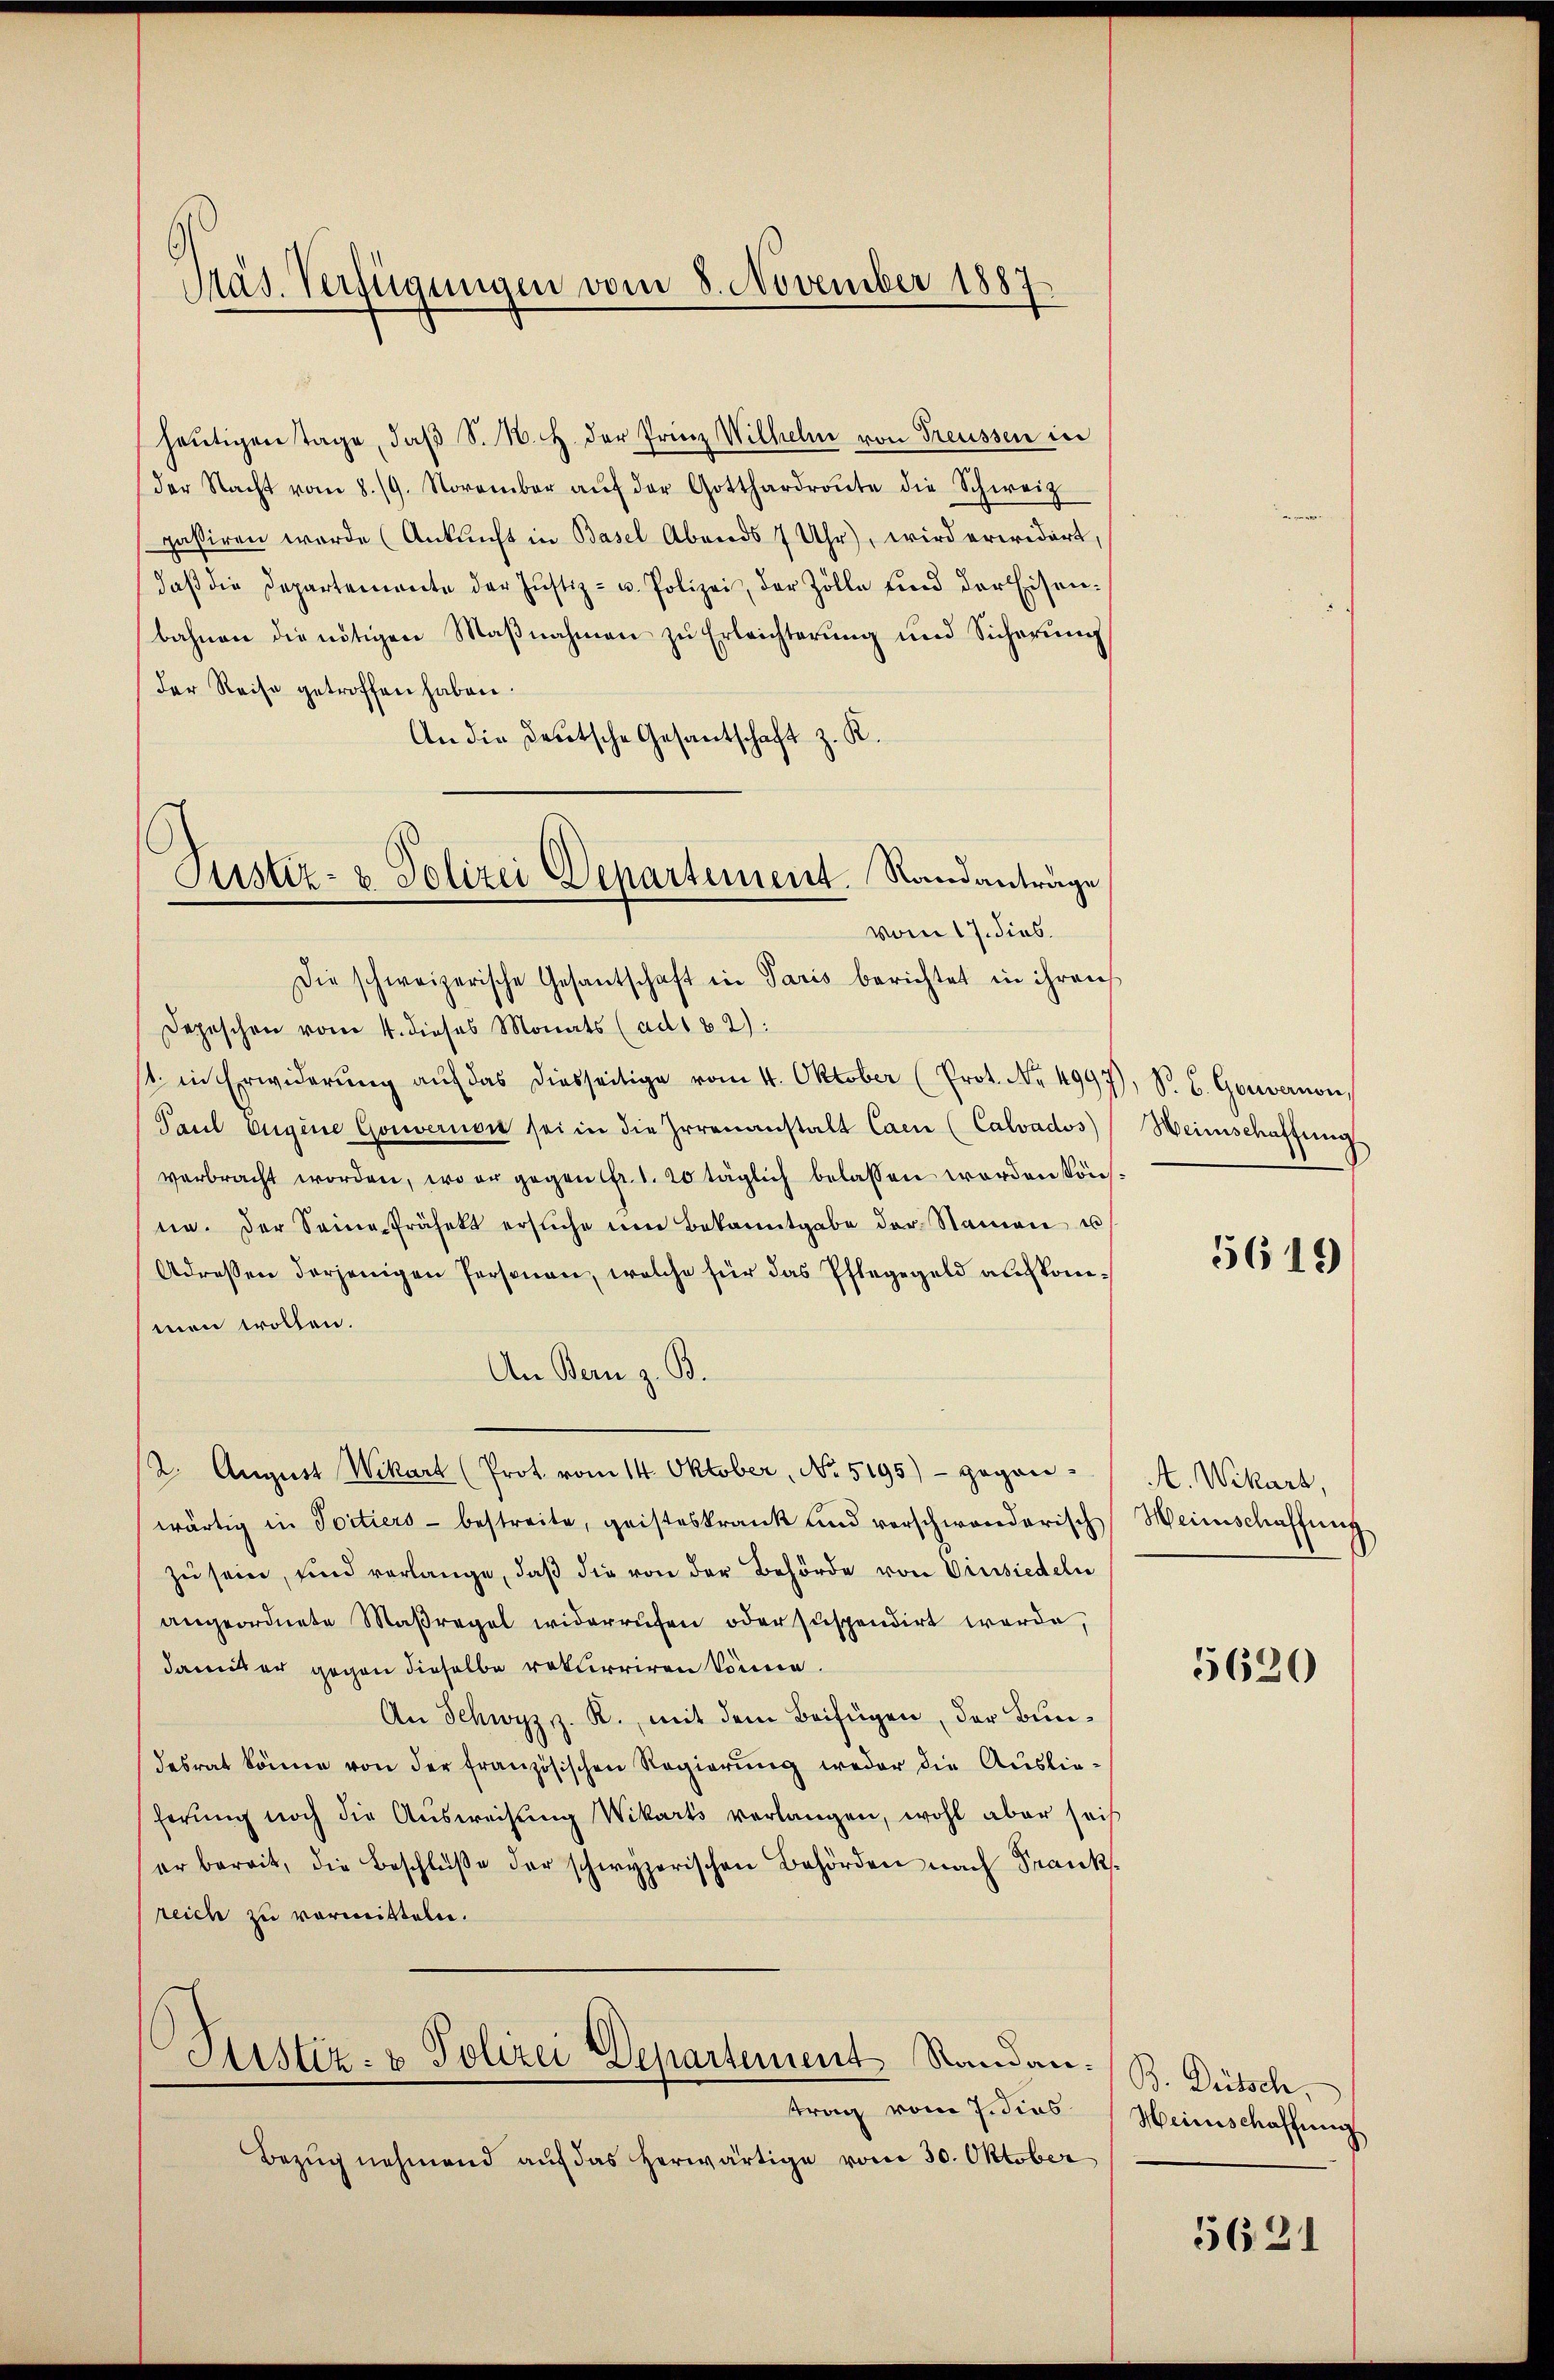
Präs. Verfügungen vom 8. November 1887

Justiz- & Polizei Departement. Sandanträge
vom 17. dies

heŭtigen Tage, daβ S. 16. H. der Frinz Wilhelm von Treussen in
(der Nacht vom 8./9. November aŭf der Gotthardraŭte die Schweiz
passiren werde (Ankunft in Basel Abends 7 Uhr), wird erwidert,
daβ die Departemente der Justiz- u. Polizei, der Zölle sind der Eisen-
bahnen die nötigen Maβnahmen zŭ Erleichterung und Sicherŭng
der Reise getroffen haben.
An die Deutsche Gesantschaft z. K.
Die schweizerische Gesantschaft in Paris berichtet in ihren
Depeschen vom 4. dieses Monats (ad182):
1. in Erwiderŭng aŭf das diesseitige vom 14. Oktober (Prot. Nr. 4997), S. B. Gouvernon,
Paul Eugene Gouvernon sei in die Irrenanstalt Caen (Calvados)
verbracht worden, wo er gegen fr. 1. 20 täglich belassen worden könne. Der Seine Präfekt ersŭche im Bekanntgabe der Namen u
Adressen derjenigen Personen, welche für das Pflegegeld auskommen trollen.
An Bern z. B.
2. August Wikart (Prot vom 14. Oktober, No. 5195) - gegen-
wärtig in Scitiers - bestreite, geisteskrank und verschwanderisch
zu sein, und verlange, daß die von der Behörde von Einsiedeln
angeordnete Maßregel widerrufen oder suspendirt werde,
damit er gegen dieselbe rekurriren könne.
An Schwyz z. R., mit dem Beifügen, der Bundesrat könne von der französischen Regierung weder die Auslieferung noch die Ausweisung Wikarts verlangen, wohl aber seis
er bereit, die Beschlüße der schwyzerischen Behörden nach Franksreich zu vormitteln.
Justiz- & Polizei Departement Randan:/ B. Dütsch,
trag vom 7. dies
Bezug nehmend auf das herwärtige vom 30. Oktober

Weinschaffung

5619

A. Wikars,
Weinschaffung

5620

Heinschaffung

5621